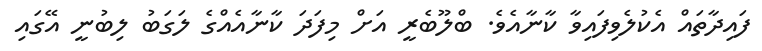
ފައިދާތައް އެކުލެވިފައިވާ ކާނާއެވެ. ބްލޫބެރީ އަށް މިފަދަ ކާނާއެއްގެ ލަގަބު ލިބުނީ އޭގައި